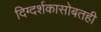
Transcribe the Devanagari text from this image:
दिग्दर्शकासोबतही